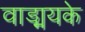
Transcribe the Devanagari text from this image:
वाड्मयके